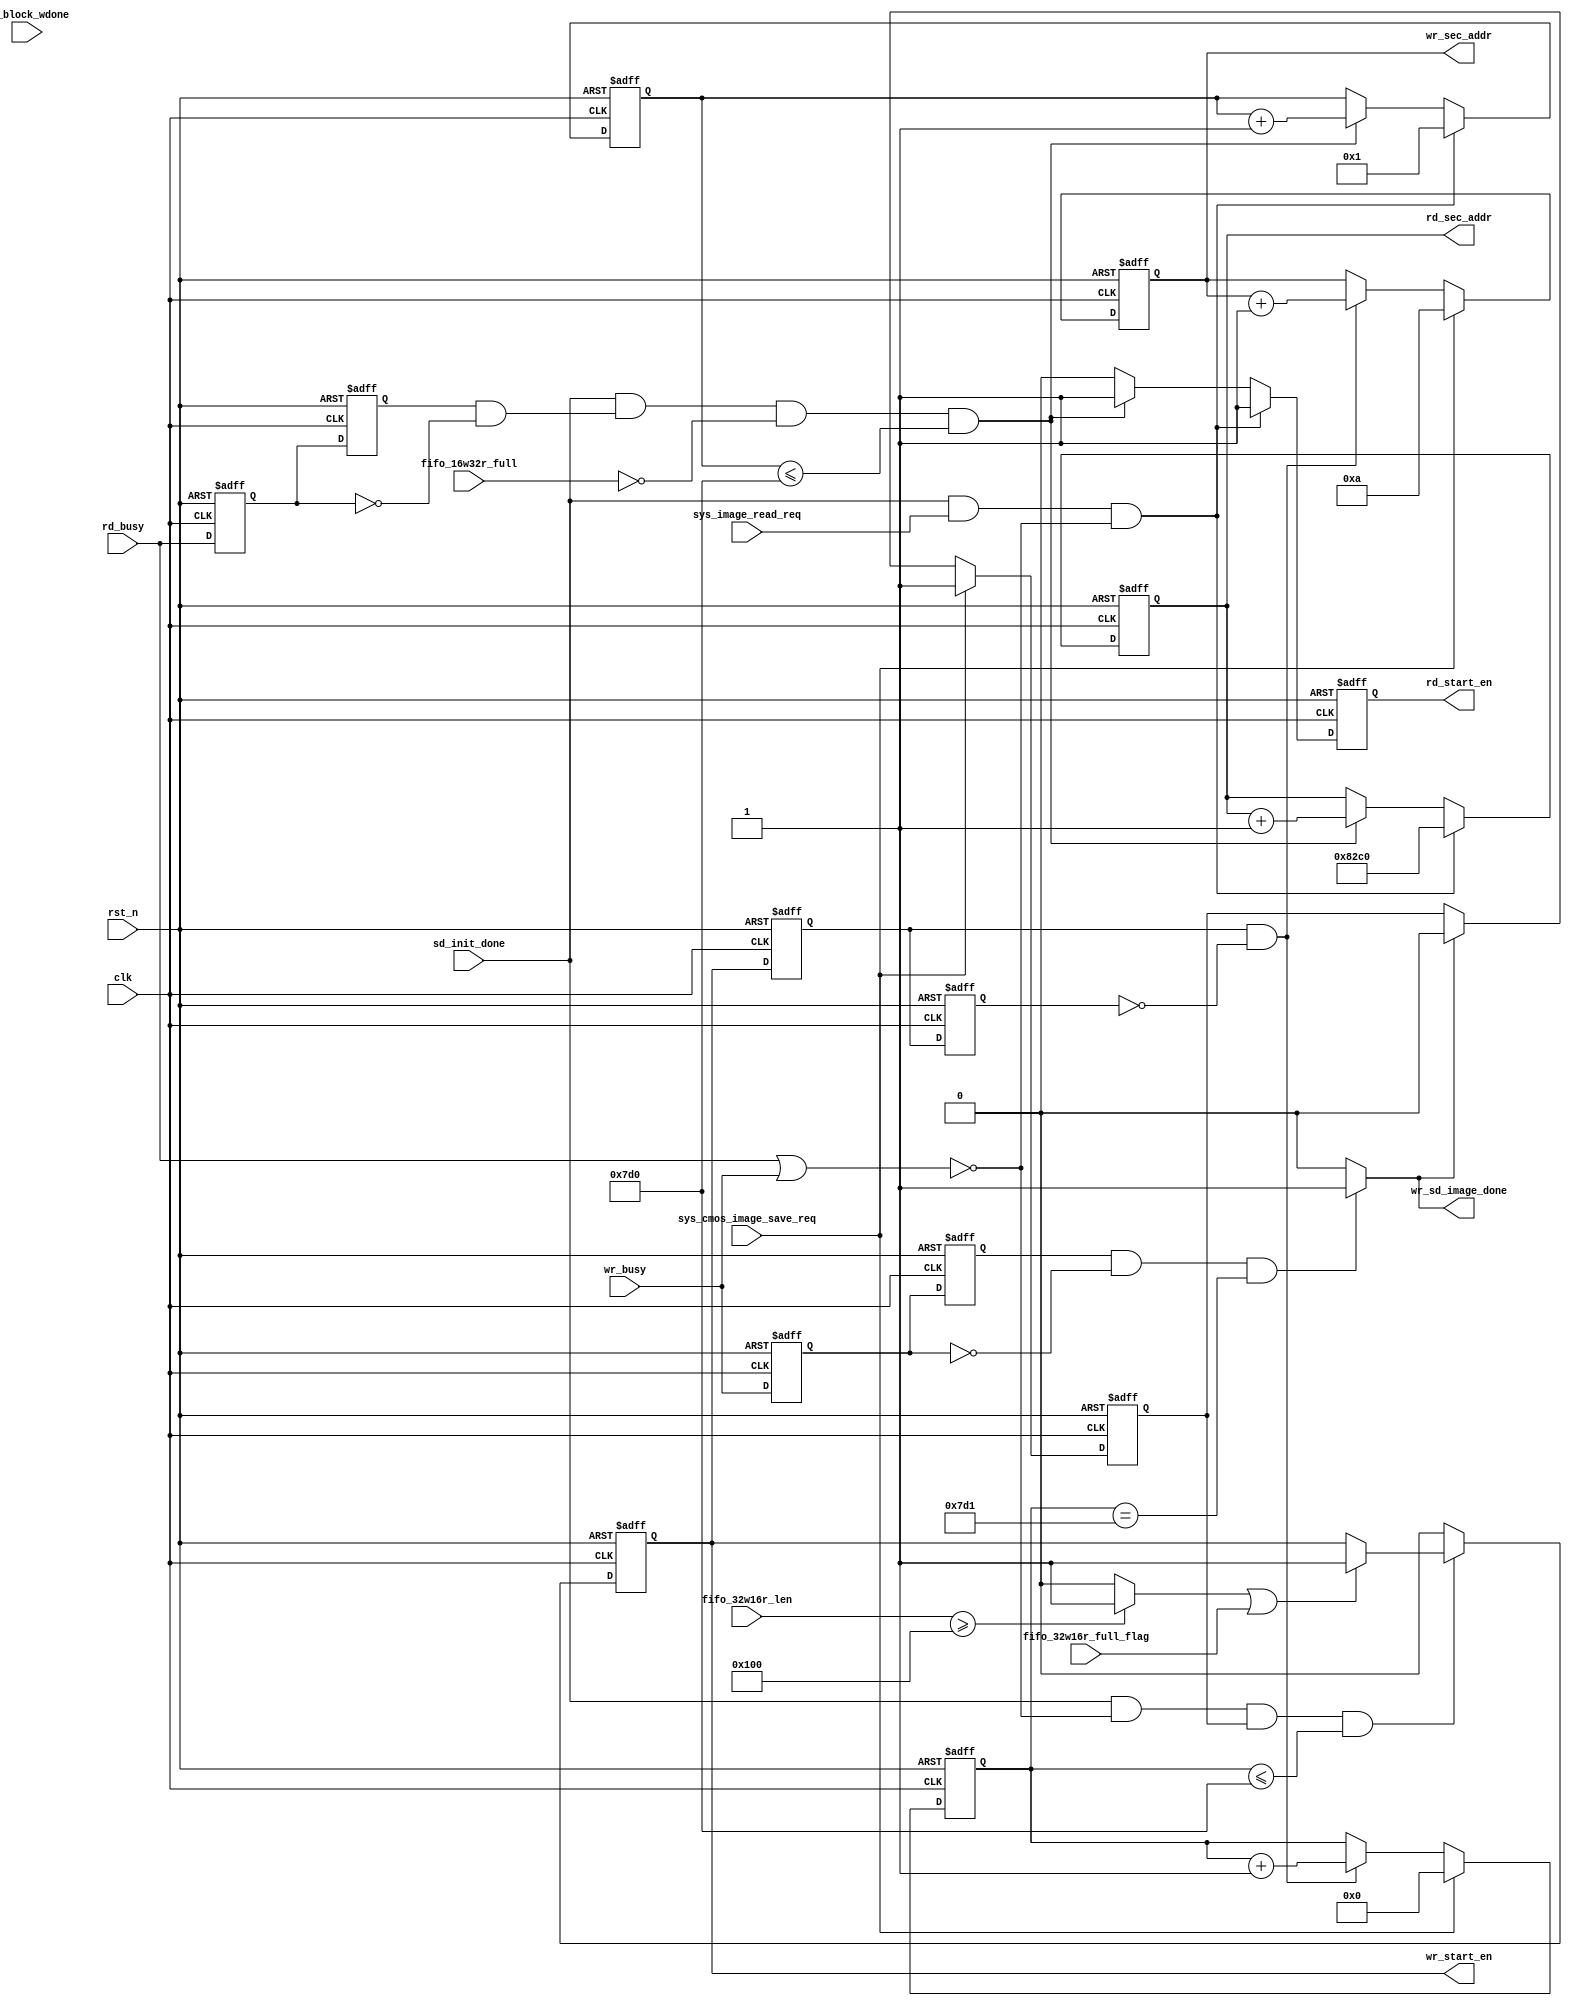
module data_gen(
    input                clk                    ,  //
    input                rst_n                  ,  //,
    input                sd_init_done           ,  //SD
    //SD   
    input  wire          sys_cmos_image_save_req,
    input                wr_busy                ,  //
    output  reg          wr_start_en            ,  //SD
    output  reg  [31:0]  wr_sec_addr            ,  //

    //SD 
    input  wire          sys_image_read_req     ,
    input                rd_busy                ,
    output  reg          rd_start_en            ,  //SD
    output  reg  [31:0]  rd_sec_addr            ,  //

    input  wire          fifo_16w32r_full       ,  //rd 
    input  wire          fifo_32w16r_full_flag  ,  //wr 
    input  wire   [9:0]  fifo_32w16r_len        ,
//    output reg          rd_sd_image_done_n_reg ,
    output wire          wr_sd_image_done       ,
    input wire           wr_block_wdone
    );
//localparamter 
localparam sec_depth = 10'd256 ;
//reg define
reg              sd_init_done_d0      ;       //sd_init_done
reg              sd_init_done_d1      ;       
reg   		     rd_busy_d0	          ;
reg   		     rd_busy_d1	          ;
reg              sd_image_save_flag   ;
reg              r_pos_edge_transfer_flag ; 

reg   		     wr_busy_d0	          ;
reg   		     wr_busy_d1	          ;

reg  wr_start_en_d0 , wr_start_en_d1 ;
wire pos_wr_start_en ;
//wire define
wire             pos_init_done        ;       //sd_init_done,
wire             sd_image_done        ; 
wire             neg_rd_busy          ;
wire             neg_wr_busy          ;
wire             fifo_32w16r_len_flag ;
wire             sd_busy              ;
  
reg [11:0]       rd_sec_number     ;
reg [11:0]       wr_sec_number     ;         //
parameter WSD_sec_addr  = 32'd10   ;
parameter RSD_sec_addr1 = 32'd33472;
parameter RSD_sec_addr2 = 32'd33088;
parameter RSD_sec_addr3 = 32'd33280;
//parameter sec_length    = 12'd3072 ;     // 1280*800*8 / 8 /512 (512BYTE ) 
parameter sec_length    = 12'd2000 ;     // 1280*800*8 / 8 /512 (512BYTE ) 
//parameter sec_length = 12'd1;
//*****************************************************
//**                    main code
//*****************************************************
//SD-----------------------------------------------
assign  pos_init_done = (~sd_init_done_d1) & sd_init_done_d0;
assign  neg_rd_busy   = rd_busy_d1 & (~rd_busy_d0);

//sd_init_done
always @(posedge clk or negedge rst_n) begin
    if(!rst_n) begin
        sd_init_done_d0 <= 1'b0;
        sd_init_done_d1 <= 1'b0;
    end
    else begin
        sd_init_done_d0 <= sd_init_done;
        sd_init_done_d1 <= sd_init_done_d0;
    end        
end
always @(posedge clk or negedge rst_n) begin
    if(!rst_n) begin
        rd_busy_d0 <= 1'b0;
        rd_busy_d1 <= 1'b0;
    end    
    else begin
        rd_busy_d0 <= rd_busy;
        rd_busy_d1 <= rd_busy_d0;
    end
end 
//SD
always @(posedge clk or negedge rst_n) begin
    if(rst_n==1'b0) begin
        rd_start_en <= 1'b0;
        rd_sec_addr <= 32'd0;  
        rd_sec_number <= 12'd0;
    end
    else if(sd_init_done&&sys_image_read_req&&!sd_busy) begin
            rd_start_en <= 1'b1;
            rd_sec_addr <= RSD_sec_addr1;        //
            rd_sec_number <= 12'd1;
    end 
	else if (sd_init_done && neg_rd_busy &&!fifo_16w32r_full&&(rd_sec_number<=sec_length))begin
            rd_start_en <= 1'b1;
            rd_sec_addr <= rd_sec_addr + 32'd00001;
            rd_sec_number <= rd_sec_number + 12'd1;
	end
    else begin
            rd_start_en <= 1'b0;          
    end    
end    

assign sd_image_done = (neg_rd_busy&&(rd_sec_number == sec_length+1)) ? 1'b1:1'b0;
//alwaysRDSD
//always @(posedge clk or negedge rst_n) begin
//    if(!rst_n) begin
//        rd_sd_image_done_n_reg <= 1'b1;
//
//    end    
//    else if(sd_image_done_n==1'b0)begin
//        rd_sd_image_done_n_reg <= 1'b0;
//    end
//    else begin 
//        rd_sd_image_done_n_reg <= rd_sd_image_done_n_reg;
//    end
//end
//SD-----------------------------------------------
//SD - s 

//r_transfer_flag
always @(posedge clk or negedge rst_n) begin
    if(!rst_n)begin 
        sd_image_save_flag <= 1'b0;
    end 
    else if (sys_cmos_image_save_req)begin 
        sd_image_save_flag <= 1'b1; 
    end   
    else if (wr_sd_image_done)begin
        sd_image_save_flag <= 1'b0; 
    end 
    else begin 
        sd_image_save_flag <= sd_image_save_flag ;
    end 
end

always @(posedge clk or negedge rst_n) begin
    if(rst_n==1'b0) begin
        wr_start_en   <= 1'b0;
    end  
    else if (sd_init_done&& !sd_busy &&sd_image_save_flag &&(wr_sec_number<=sec_length) )begin 
        if(fifo_32w16r_len_flag||fifo_32w16r_full_flag)begin 
            wr_start_en <= 1'b1;
        end         
    end 
    else begin
        wr_start_en <= 1'b0;          
    end    
end  

always @(posedge clk or negedge rst_n) begin
    if(rst_n==1'b0) begin
        wr_start_en_d0   <= 1'b0;
        wr_start_en_d1   <= 1'd0;  
    end  
    else begin
        wr_start_en_d0 <= wr_start_en ;
        wr_start_en_d1 <= wr_start_en_d0 ;      
    end    
end  

always @(posedge clk or negedge rst_n) begin
    if(rst_n==1'b0) begin
        wr_sec_addr   <= 32'd0;  
        wr_sec_number <= 12'd0;
    end  
    else if(sys_cmos_image_save_req) begin        //
        wr_sec_addr   <= WSD_sec_addr;            //--------
        wr_sec_number <= 12'd0;                   //--------
    end 
    else if (pos_wr_start_en)begin 
        wr_sec_addr   <= wr_sec_addr + 32'd00001;
        wr_sec_number <= wr_sec_number + 12'd1;    
    end 
    else begin
        wr_sec_addr   <= wr_sec_addr ;
        wr_sec_number <= wr_sec_number ;      
    end    
end  


always @(posedge clk or negedge rst_n) begin
    if(!rst_n) begin
        wr_busy_d0 <= 1'b0;
        wr_busy_d1 <= 1'b0;
    end    
    else begin
        wr_busy_d0 <= wr_busy;
        wr_busy_d1 <= wr_busy_d0;
    end
end 

assign  neg_wr_busy          = wr_busy_d1 & (~wr_busy_d0)                               ;
assign  fifo_32w16r_len_flag = (fifo_32w16r_len >= sec_depth) ? 1'b1 : 1'b0             ;
assign  sd_busy              = rd_busy | wr_busy                                        ;
assign  wr_sd_image_done     = (neg_wr_busy&&(wr_sec_number == sec_length + 1)) ? 1'b1:1'b0 ;
assign  pos_wr_start_en      = ( wr_start_en_d0 ) & (!wr_start_en_d1)                   ;

endmodule